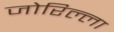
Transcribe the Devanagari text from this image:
जोरिल्ला